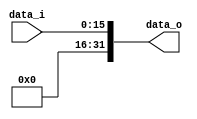
module shift_two #(
	parameter width = 16
	)(
	input [width - 1 : 0] data_i,
	output [2*width - 1  : 0] data_o
	);
	
	assign data_o = {16'd0, data_i} ;
endmodule